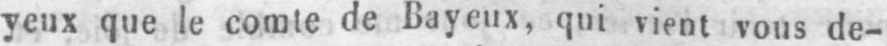
yeux que le comte de Bayeux, qui vient vous de-